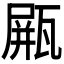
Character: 𤭸